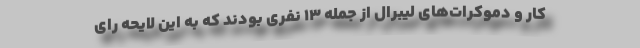
کار و دموکرات‌های لیبرال از جمله ۱۳ نفری بودند که به این لایحه رای